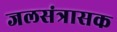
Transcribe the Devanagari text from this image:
जलसंत्रासक